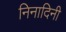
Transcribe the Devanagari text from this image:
निनादिनी